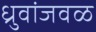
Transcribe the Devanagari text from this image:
ध्रुवांजवळ